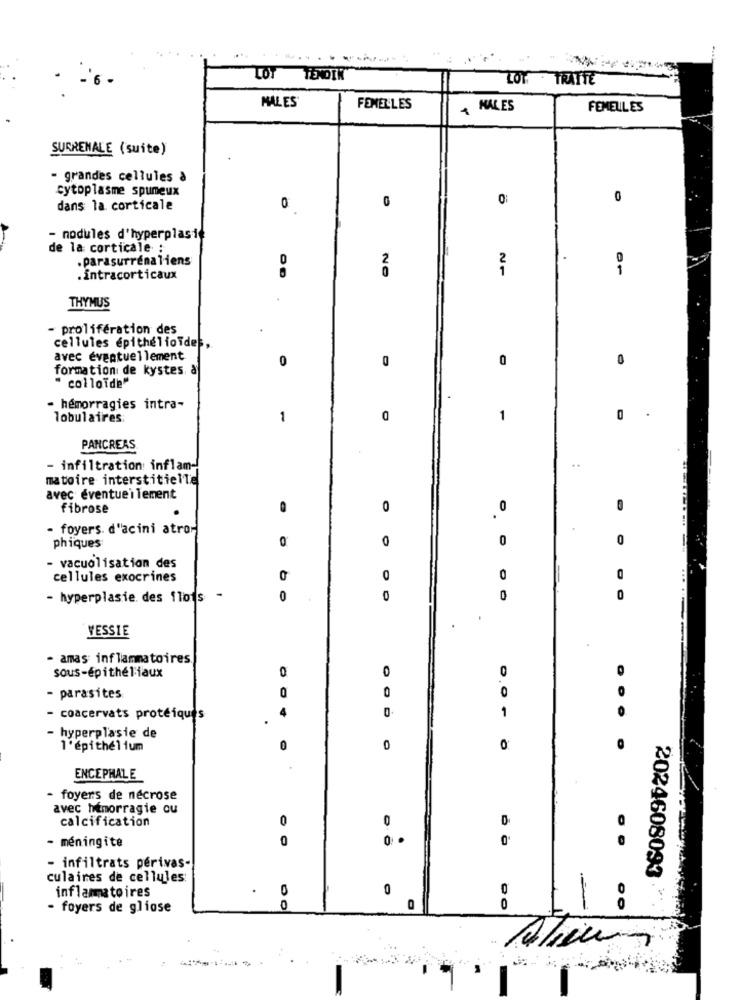
LOT TENDIN
LOT . TRATTE
MALES
FEMELLES
+ MALES
FEMELLES
SURRENALE (suite)
- grandes cellules à
cytoplasme spumeux
0
0
dans la. corticale
0
0
- nodules d'hyperplasie
de la corticale :
.parasurrenaliens
0
NO
1
.intracorticaux
20
THYMUS
- prolifération des
cellules épithéliofdes,
avec éventuellement
0
0
0
formation de kystes a
" colloïde"
- hémorragies intra-
lobulaires:
-
1
0
PANCREAS
- infiltration inflam-
matoire interstitielle
avec eventue i lement
fibrose
0
0
· foyers. d'acini atror
0
0
0
0
phiques
- vacuolisation des
cellules exocrines
0
0
0
- hyperplasie. des flots -
0
0
0
0
.
VESSIE
.
- amas inflammatoires
sous-épithéliaux
0
0
O
0
0
- parasites
- coacervats protéiques
1
hyperplasie de
1'épithélium
0
0
ENCEPHALE
- foyers de nécrose
avec hémorragie ou
calcification
0
0
- méningite
0
- infiltrats périvas-
2024608093
culaires de cellules:
inflammatoires
.
0
0
- foyers de gliose
0
0
0
11